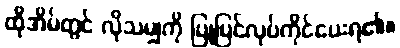
ထိုအိမ်တွင် လိုသမျှကို ပြုပြင်လုပ်ကိုင်ပေးရ၏။